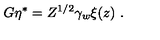
G \eta ^ { * } = Z ^ { 1 / 2 } \gamma _ { w } \xi ( z ) \ .